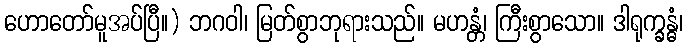
ဟောတော်မူအပ်ပြီ။) ဘဂဝါ၊ မြတ်စွာဘုရားသည်။ မဟန္တံ၊ ကြီးစွာသော။ ဒါရုက္ခန္ဓံ၊